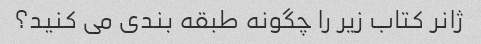
ژانر کتاب زیر را چگونه طبقه بندی می کنید؟